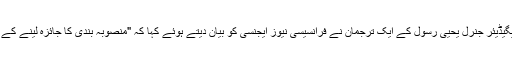
عراقی مشترکہ کاروائی کے کمانڈر بریگیڈیئر جنرل یحیی رسول کے ایک ترجمان نے فرانسیسی نیوز ایجنسی کو بیان دیتے ہوئے کہا کہ "منصوبہ بندی کا جائزہ لینے کے بعد کاروائی شروع کرنے کے نقطۂ ...